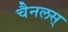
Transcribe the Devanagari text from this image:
चैनलस्